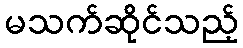
မသက်ဆိုင်သည့်